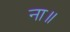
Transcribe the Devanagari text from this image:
ना॥